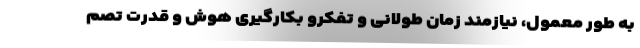
به طور معمول، نیازمند زمان طولانی و تفکرو بکارگیری هوش و قدرت تصم